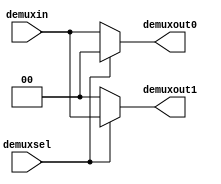
module demux( input [1:0] demuxin,
				  input demuxsel,
				  output reg [1:0] demuxout0,
				  output reg [1:0] demuxout1);
				  
always@(*)
begin
	if (demuxsel == 0)
		begin
		demuxout0 = demuxin;
		demuxout1 = 0;
		end
	else
		begin
		demuxout0 = 0;
		demuxout1 = demuxin;
		end
end		
					
								
endmodule